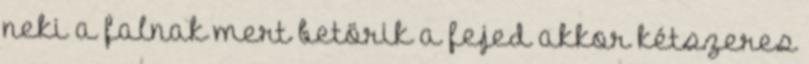
neki a falnak mert betörik a fejed akkor kétszeres